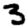
Digit: 3